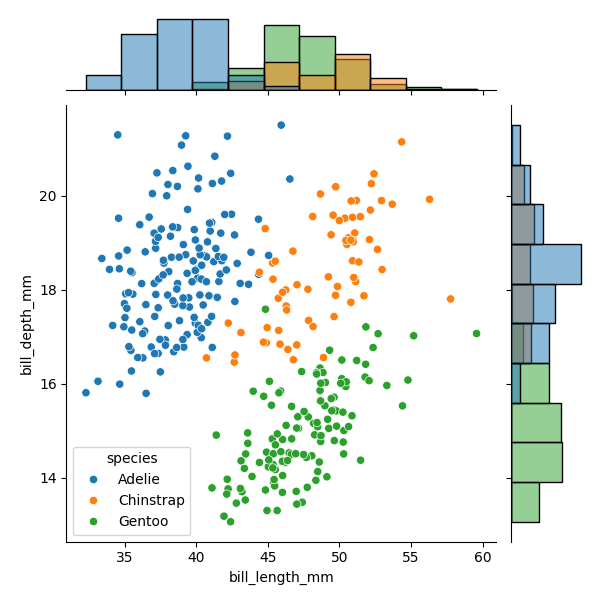
python, seaborn, JointGrid, scatterplot, histplot, hue